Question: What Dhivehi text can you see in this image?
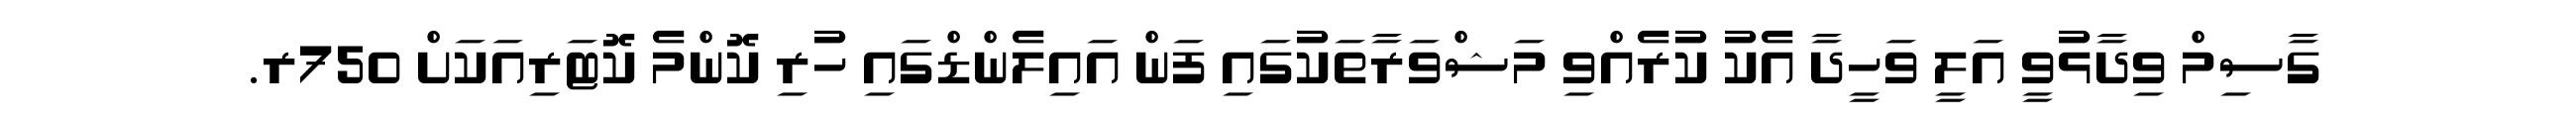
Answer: ގާސިމް ވިދާޅުވީ އަލީ ވަހީދާ އެކު ކުރެއްވި މަޝްވަރާތަކުގައި ފަން އައިލެންޑްގައި ހުރި ކޮންމެ ކޮޓަރިއަކަށް 750ރ.